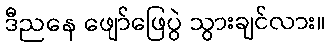
ဒီညနေ ဖျော်ဖြေပွဲ သွားချင်လား။